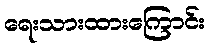
ရေးသားထားကြောင်း